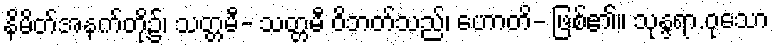
နိမိတ်အနက်တို့၌၊ သတ္တမီ- သတ္တမီ ဝိဘတ်သည်၊ ဟောတိ- ဖြစ်၏။ သုန္ဒရာ.ဝုသော